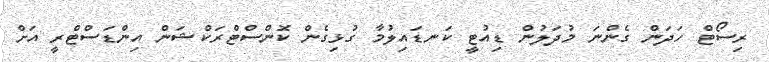
ރިސޯޓް ހަދަން ގެންނަ މުދަލުން ޑިއުޓީ ކަނޑައިލުމާ ގުޅިގެން ކޮންސްޓްރަކްޝަން އިންޑަސްޓްރީ އަށް